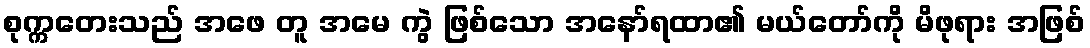
စုက္ကတေးသည် အဖေ တူ အမေ ကွဲ ဖြစ်သော အနော်ရထာ၏ မယ်တော်ကို မိဖုရား အဖြစ်